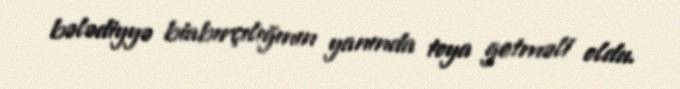
bələdiyyə biabırçılığının yanında toya getməli oldu.